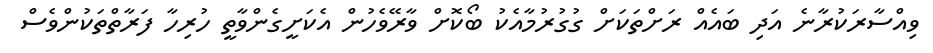
ވިއްސާރަކުރާނެ އަދި ބައެއް ރަށްތަކަށް ގުގުރުމާއެކު ބޯކޮށް ވާރޭވެހުންް އެކަށީގެންވާތީ ހުރިހާ ފަރާތްތަކުންވެސް